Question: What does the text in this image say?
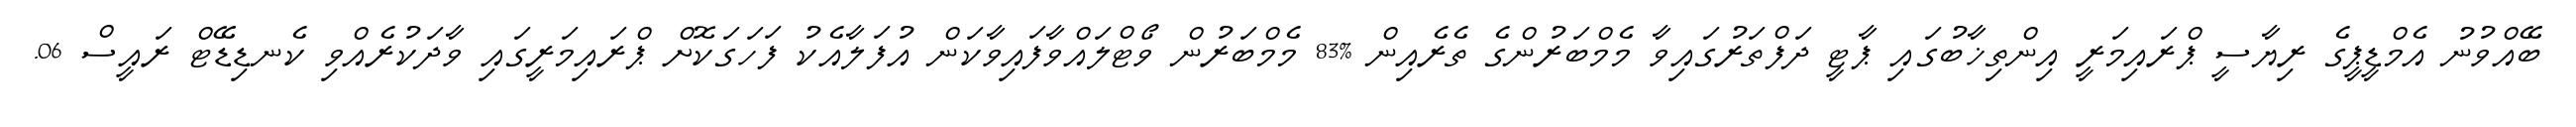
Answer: ބޭއްވުނު އެމްޑީޕީގެ ރިޔާސީ ޕްރައިމަރީ އިންތިޚާބުގައި ޕާޓީ ދަފްތަރުގައިވާ މެމްބަރުންގެ ތެރެއިން %83 މެމްބަރުން ވޯޓްލައްވާފައިވާކަން އުފަލާއެކު ފަހަގަކޮށް ޕްރައިމަރީގައި ވާދަކުރެއްވި ކެނޑިޑޭޓް ރައީސް 06.